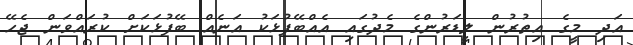
އަދި މީގެ އިތުރުން ލީޑަރުންގެ މެދުގައި އެއްބޭފުޅަކު އަނެއް ބޭފުޅަކަށް ކުރައްވަން ޖެހޭ